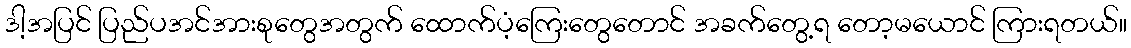
ဒါ့အပြင် ပြည်ပအင်အားစုတွေအတွက် ထောက်ပံ့ကြေးတွေတောင် အခက်တွေ့ရ တော့မယောင် ကြားရတယ်။